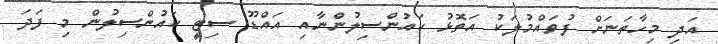
އަދި މިހާތަނަށް ފުވައްމުލަކު އަތޮޅު ކައުންސިލުންނާއި އައްޑޫ ސިޓީ ކައުންސިލުން މި ފަދަ